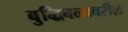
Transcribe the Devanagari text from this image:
बुद्धिबळावरील